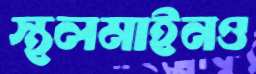
স্থলমাইনও